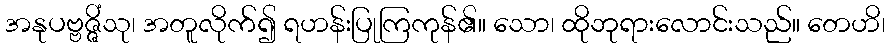
အနုပဗ္ဗဇ္ဇိံသု၊ အတူလိုက်၍ ရဟန်းပြုကြကုန်၏။ သော၊ ထိုဘုရားလောင်းသည်။ တေဟိ၊